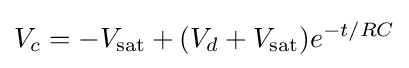
V_{c}=-V_{\text{sat}}+(V_{d}+V_{\text{sat}})e^{-t/RC}